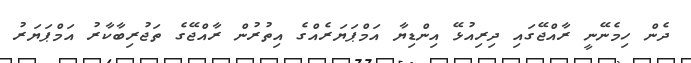
ދެން ހިމެނޭނީ ރާއްޖޭގައި ދިރިއުޅޭ އިންޑިޔާ އަމްޕަޔަރެއްގެ އިތުރުން ރާއްޖޭގެ ތަޖުރިބާކާރު އަމްޕަޔަރު